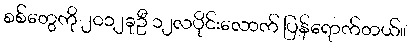
စစ်တွေကို ၂၀၁၂ခုဦ ၁၂လပိုင်းလောက် ပြန်ရောက်တယ်။